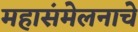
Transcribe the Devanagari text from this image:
महासंमेलनाचे